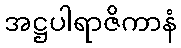
အဋ္ဌပါရာဇိကာနံ